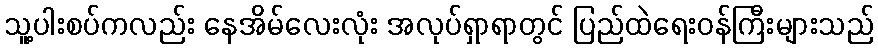
သူ့ပါးစပ်ကလည်း နေအိမ်လေးလုံး အလုပ်ရှာရာတွင် ပြည်ထဲရေးဝန်ကြီးများသည်